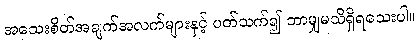
အသေးစိတ်အချက်အလက်များနှင့် ပတ်သက်၍ ဘာမျှမသိရှိရသေးပါ။